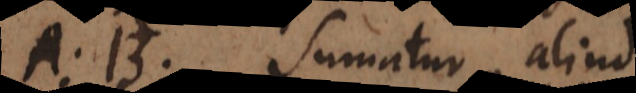
A, B. Sumatur aliud